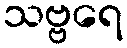
သဗ္ဗရေ